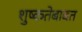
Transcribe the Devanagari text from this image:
शुष्कतेबाबत